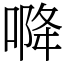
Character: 𭉓